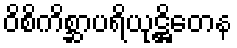
ဝိစိကိစ္ဆာပရိယုဋ္ဌိတေန